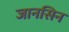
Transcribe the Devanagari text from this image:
जानसिन